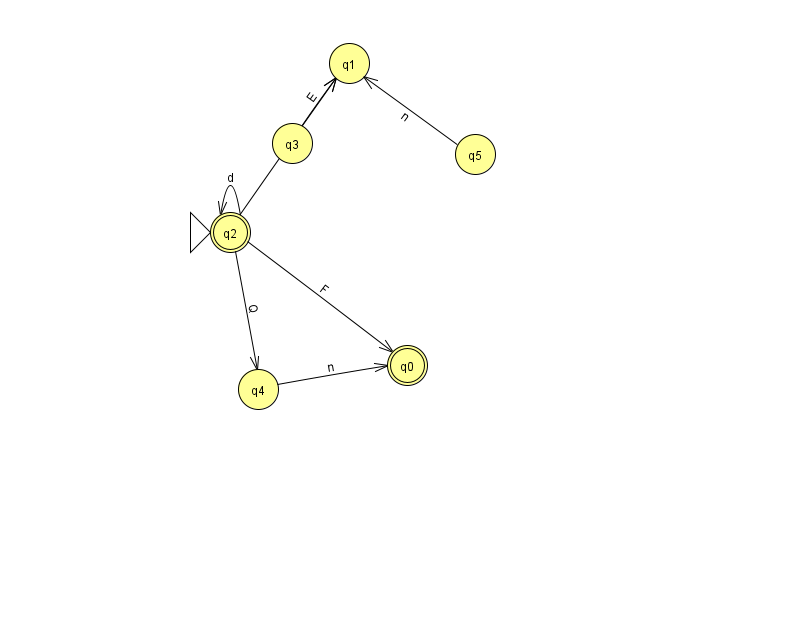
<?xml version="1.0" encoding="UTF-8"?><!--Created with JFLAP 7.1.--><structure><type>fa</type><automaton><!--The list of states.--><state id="0" name="q0"><x>407.0</x><y>352.0</y><final/></state><state id="1" name="q1"><x>349.0</x><y>50.0</y></state><state id="2" name="q2"><x>230.0</x><y>219.0</y><initial/><final/></state><state id="3" name="q3"><x>292.0</x><y>130.0</y></state><state id="4" name="q4"><x>258.0</x><y>376.0</y></state><state id="5" name="q5"><x>475.0</x><y>141.0</y></state><!--The list of transitions.--><transition><from>5</from><to>1</to><read>n</read></transition><transition><from>2</from><to>2</to><read>d</read></transition><transition><from>2</from><to>0</to><read>F</read></transition><transition><from>2</from><to>4</to><read>Q</read></transition><transition><from>3</from><to>1</to><read>E</read></transition><transition><from>4</from><to>0</to><read>n</read></transition><transition><from>2</from><to>1</to><read>L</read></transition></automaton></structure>